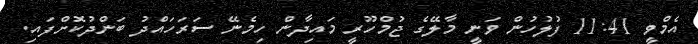
އެމްވީ 11:41 ފުލުހުން ވަނީ މާލޭގެ ޖުމްހޫރީ މައިދާން ހިމެނޭ ސަރަހައްދު ބަންދުކޮށްފައި.